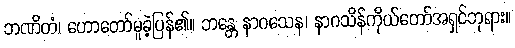
ဘဏိတံ၊ ဟောတော်မူခဲ့ပြန်၏။ ဘန္တေ နာဂသေန၊ နာဂသိန်ကိုယ်တော်အရှင်ဘုရား။